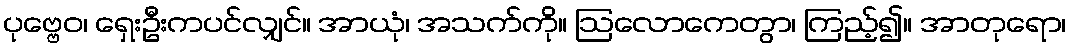
ပုဗ္ဗေဝ၊ ရှေးဦးကပင်လျှင်။ အာယုံ၊ အသက်ကို။ ဩလောကေတွာ၊ ကြည့်၍။ အာတုရော၊